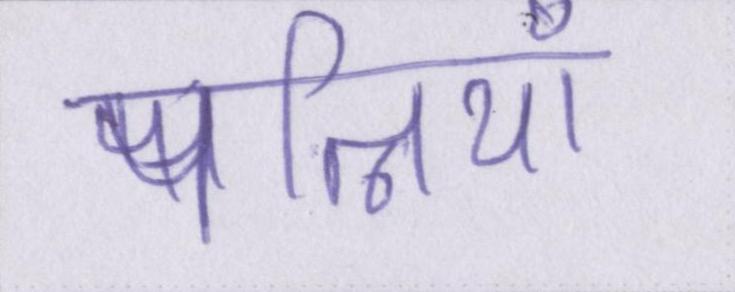
पत्नियाँ